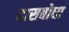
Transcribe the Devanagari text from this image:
दासबोधा